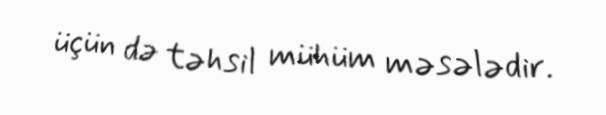
üçün də təhsil mühüm məsələdir.